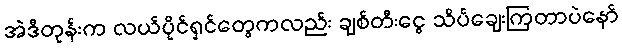
အဲဒီတုန်းက လယ်ပိုင်ရှင်တွေကလည်း ချစ်တီးငွေ သိပ်ချေးကြတာပဲနော်